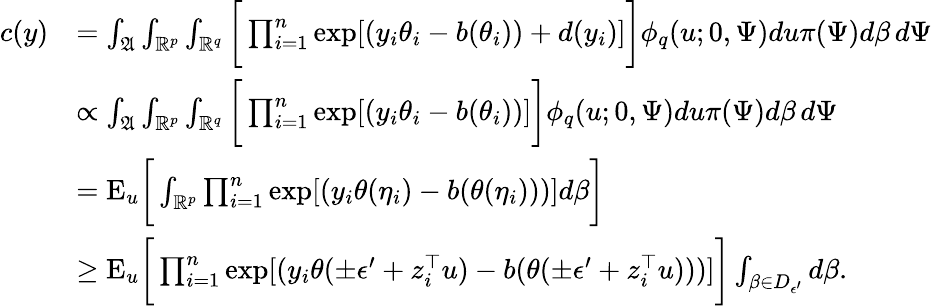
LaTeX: \begin{array}{rl}{c(y)}&{=\int_{\mathfrak{A}}\int_{\mathbb{R}^{p}}\int_{\mathbb{R}^{q}}\bigg[\prod_{i=1}^{n}\exp[(y_{i}\theta_{i}-b(\theta_{i}))+d(y_{i})]\bigg]\phi_{q}(u;0,\Psi)du\pi(\Psi)d\beta\, d\Psi}\\ &{\propto\int_{\mathfrak{A}}\int_{\mathbb{R}^{p}}\int_{\mathbb{R}^{q}}\bigg[\prod_{i=1}^{n}\exp[(y_{i}\theta_{i}-b(\theta_{i}))]\bigg]\phi_{q}(u;0,\Psi)du\pi(\Psi)d\beta\, d\Psi}\\ &{={\mathrm{E}}_{u}\bigg[\int_{\mathbb{R}^{p}}\prod_{i=1}^{n}\exp[(y_{i}\theta(\eta_{i})-b(\theta(\eta_{i})))]d\beta\bigg]}\\ &{\ge{\mathrm{E}}_{u}\bigg[\prod_{i=1}^{n}\exp[(y_{i}\theta(\pm\epsilon^{\prime}+z_{i}^{\top}u)-b(\theta(\pm\epsilon^{\prime}+z_{i}^{\top}u)))]\bigg]\int_{\beta\in D_{\epsilon^{\prime}}}d\beta.}\end{array}